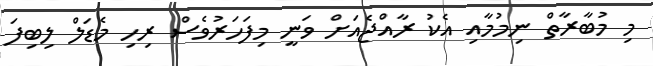
މި މުބާރާތް ނިމުމާއި އެކު ރާއްޖެއަށް ވަނީ މިފަހަރުވެސް ރިހި މެޑަލް ލިބިފަ